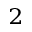
^ 2